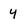
Character: 4